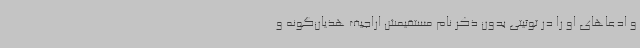
و ادعاهای او را در توئیتی بدون ذکر نام مستقیمش اراجیف هذیان‌گونه و